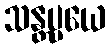
သန္တပ္ပယေ